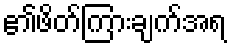
၏ဖိတ်ကြားချက်အရ